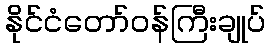
နိုင်ငံတော်ဝန်ကြီးချုပ်